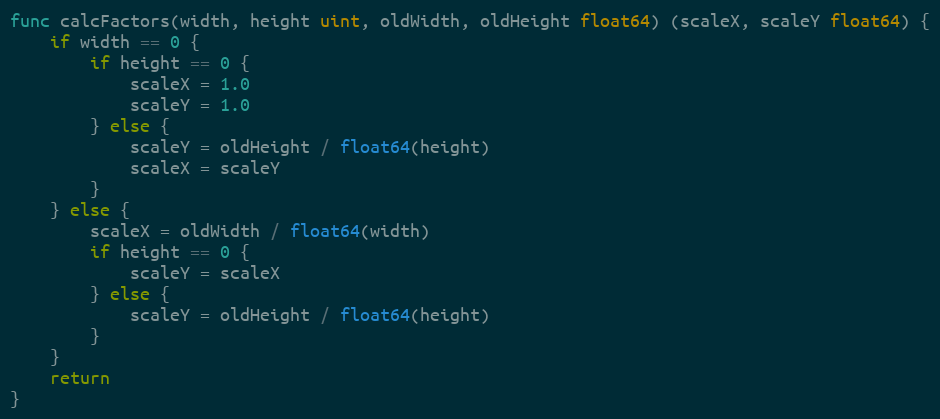
Language: Go
func calcFactors(width, height uint, oldWidth, oldHeight float64) (scaleX, scaleY float64) {
	if width == 0 {
		if height == 0 {
			scaleX = 1.0
			scaleY = 1.0
		} else {
			scaleY = oldHeight / float64(height)
			scaleX = scaleY
		}
	} else {
		scaleX = oldWidth / float64(width)
		if height == 0 {
			scaleY = scaleX
		} else {
			scaleY = oldHeight / float64(height)
		}
	}
	return
}